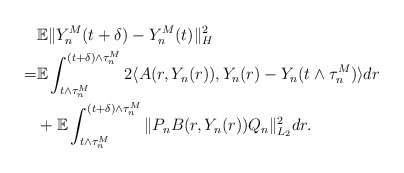
\begin{align*}& \mathbb{E}\Vert Y_n^M (t+\delta) - Y_n^M (t) \Vert_{H}^2 \\= & \mathbb{E}\int_{t\wedge\tau_n^M}^{(t+\delta)\wedge\tau_n^M} 2\langle A(r,Y_n(r)), Y_n(r) - Y_n(t\wedge\tau_n^M) \rangle dr \\& + \mathbb{E}\int_{t\wedge\tau_n^M}^{(t+\delta)\wedge\tau_n^M} \Vert P_n B(r,Y_n(r))Q_n \Vert_{L_2}^2 dr .\end{align*}